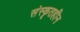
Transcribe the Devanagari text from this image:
संस्कृतहीन